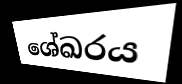
ශේඛරය